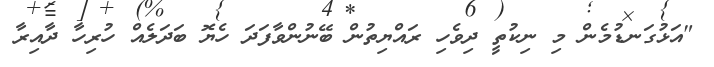
"އަޅުގަނޑުމެން މި ނިކުތީ ދިވެހި ރައްޔިތުން ބޭނުންވާފަދަ ހެޔޮ ބަދަލެއް ހުރިހާ ދާއިރާ